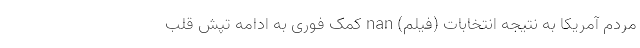
مردم آمریکا به نتیجه انتخابات (فیلم) nan کمک فوری به ادامه تپش قلب